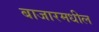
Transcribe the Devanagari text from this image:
बाजारमधील